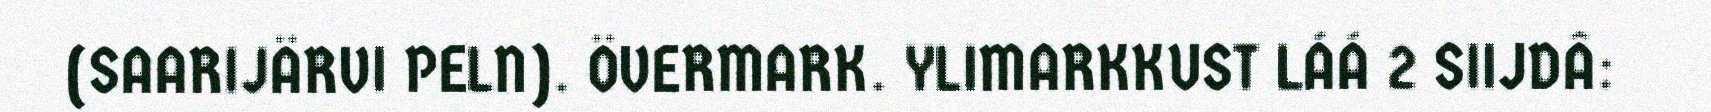
(SAARIJÄRVI PELN). ÖVERMARK. YLIMARKKUST LÁÁ 2 SIIJDÂ: